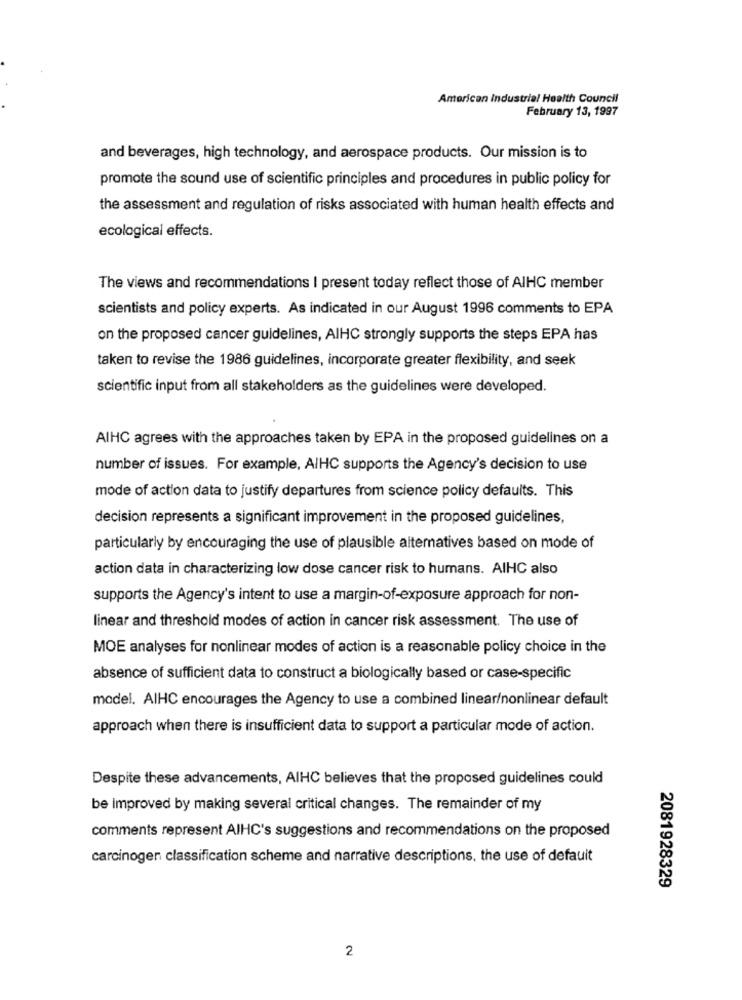
American Industrial Health Council
February 13, 1997
and beverages, high technology, and aerospace products. Our mission is to
promote the sound use of scientific principles and procedures in public policy for
the assessment and regulation of risks associated with human health effects and
ecological effects.
The views and recommendations I present today reflect those of AIHC member
scientists and policy experts. As indicated in our August 1996 comments to EPA
on the proposed cancer guidelines, AIHC strongly supports the steps EPA has
taken to revise the 1986 guidelines, incorporate greater flexibility, and seek
scientific input from all stakeholders as the guidelines were developed.
AIHC agrees with the approaches taken by EPA in the proposed guidelines on a
number of issues. For example, AIHC supports the Agency's decision to use
mode of action data to justify departures from science policy defaults. This
decision represents a significant improvement in the proposed guidelines,
particularly by encouraging the use of plausible alternatives based on mode of
action data in characterizing low dose cancer risk to humans. AIHC also
supports the Agency's intent to use a margin-of-exposure approach for non-
linear and threshold modes of action in cancer risk assessment. The use of
MOE analyses for nonlinear modes of action is a reasonable policy choice in the
absence of sufficient data to construct a biologically based or case-specific
model. AIHC encourages the Agency to use a combined linear/nonlinear default
approach when there is insufficient data to support a particular mode of action.
Despite these advancements, AIHC believes that the proposed guidelines could
be improved by making several critical changes. The remainder of my
comments represent AIHC's suggestions and recommendations on the proposed
carcinogen classification scheme and narrative descriptions, the use of default
2081928329
2